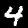
Label: 4